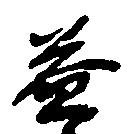
益